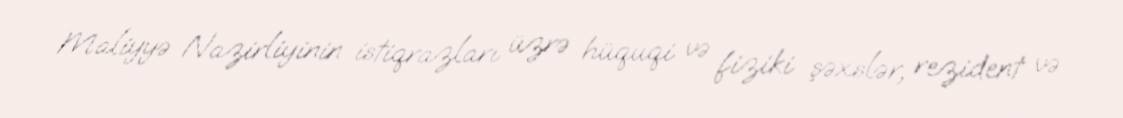
Maliyyə Nazirliyinin istiqrazları üzrə hüquqi və fiziki şəxslər, rezident və